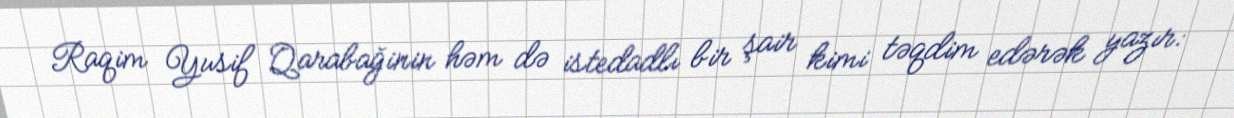
Raqim Yusif Qarabağinin həm də istedadlı bir şair kimi təqdim edərək yazır: